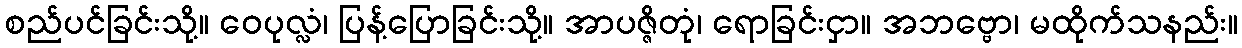
စည်ပင်ခြင်းသို့။ ဝေပုလ္လံ၊ ပြန့်ပြောခြင်းသို့။ အာပဇ္ဇိတုံ၊ ရောခြင်းငှာ။ အဘဗ္ဗော၊ မထိုက်သနည်း။